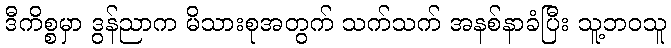
ဒီကိစ္စမှာ ဒွန်ညာက မိသားစုအတွက် သက်သက် အနစ်နာခံပြီး သူ့ဘဝသူ